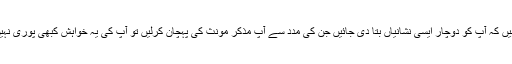
اگر آپ چاہیں کہ آپ کو دوچار ایسی نشانیاں بتا دی جائیں جن کی مدد سے آپ مذکر مؤنث کی پہچان کرلیں تو آپ کی یہ خواہش کبھی پوری نہیں ہوسکتی۔